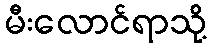
မီးလောင်ရာသို့